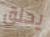
يحلق